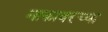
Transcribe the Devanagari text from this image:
नाकावरच्या